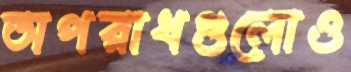
অপরাধগুলোও